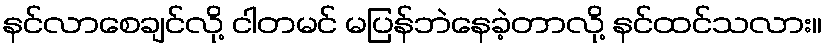
နင်လာစေချင်လို့ ငါတမင် မပြန်ဘဲနေခဲ့တာလို့ နင်ထင်သလား။